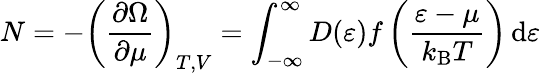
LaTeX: N=-\left({\frac{\partial\Omega}{\partial\mu}}\right)_{T,V}=\int_{-\infty}^{\infty}D(\varepsilon){\mathcal{f}}\left({\frac{\varepsilon-\mu}{k_{\mathrm{{B}}}T}}\right)\, \mathrm{d}\varepsilon